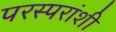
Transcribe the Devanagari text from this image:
परस्‍परांशी